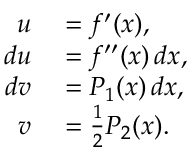
\begin{array} { r l } { u } & { { } = f ^ { \prime } ( x ) , } \\ { d u } & { { } = f ^ { \prime \prime } ( x ) \, d x , } \\ { d v } & { { } = P _ { 1 } ( x ) \, d x , } \\ { v } & { { } = { \frac { 1 } { 2 } } P _ { 2 } ( x ) . } \end{array}